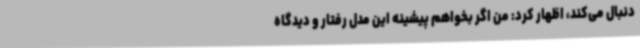
دنبال می‌کند، اظهار کرد: من اگر بخواهم پیشینه این مدل رفتار و دیدگاه